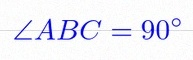
\angle ABC=90^\circ